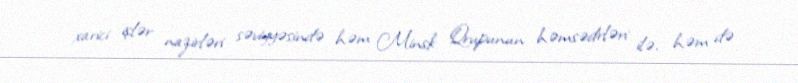
xarici işlər nazirləri səviyyəsində həm Minsk Qrupunun həmsədrləri ilə, həm də